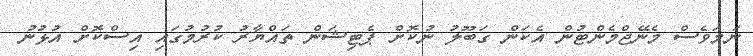
ނަމަވެސް މެނޭޖްމެންޓުން އެކަން ގަބޫލު ނުކޮށް ޕެޓިޝަން ތައްޔާރު ކުރުމުގައި އިސްކޮށް އުޅުނު